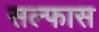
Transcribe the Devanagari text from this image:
सल्फास